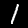
Digit: 1